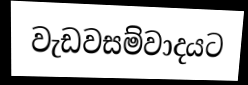
වැඩවසම්වාදයට